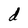
Character: d